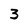
Character: 3